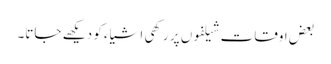
بعض اوقات شیلفوں پر رکھی اشیاء کو دیکھے جاتا۔